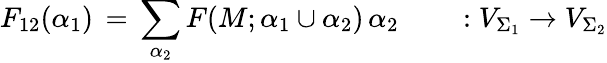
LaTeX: F_{12}(\alpha_{1})\, =\, \sum_{\alpha_{2}}F(M;\alpha_{1}\cup\alpha_{2})\, \alpha_{2}\qquad:V_{\Sigma_{1}}\rightarrow V_{\Sigma_{2}}